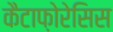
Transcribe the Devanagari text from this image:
कैटाफ़ोरेसिस